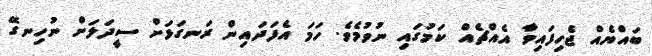
ބައްޔެއް ޖެހިފައިވާ އެއްޗެއް ކަމުގައި ނުވުމެވެ. ހަމަ އެފަދައިން ރަނގަޅަށް ސީދަލަށް ނުހިނގޭ